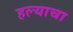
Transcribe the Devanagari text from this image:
हल्याचा